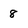
Character: 8